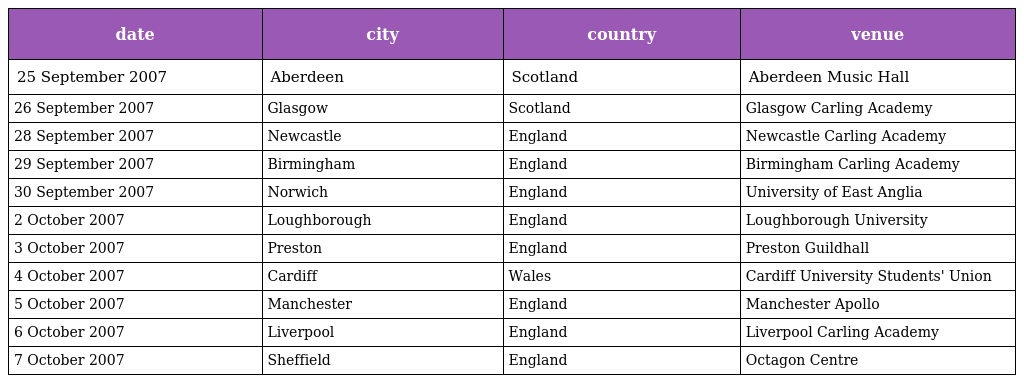
| date | city | country | venue |
 | --- | --- | --- | --- |
 | 25 September 2007 | Aberdeen | Scotland | Aberdeen Music Hall |
 | 26 September 2007 | Glasgow | Scotland | Glasgow Carling Academy |
 | 28 September 2007 | Newcastle | England | Newcastle Carling Academy |
 | 29 September 2007 | Birmingham | England | Birmingham Carling Academy |
 | 30 September 2007 | Norwich | England | University of East Anglia |
 | 2 October 2007 | Loughborough | England | Loughborough University |
 | 3 October 2007 | Preston | England | Preston Guildhall |
 | 4 October 2007 | Cardiff | Wales | Cardiff University Students' Union |
 | 5 October 2007 | Manchester | England | Manchester Apollo |
 | 6 October 2007 | Liverpool | England | Liverpool Carling Academy |
 | 7 October 2007 | Sheffield | England | Octagon Centre |